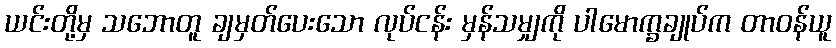
ယင်းတို့မှ သဘောတူ ချမှတ်ပေးသော လုပ်ငန်း မှန်သမျှကို ပါမောက္ခချုပ်က တာဝန်ယူ